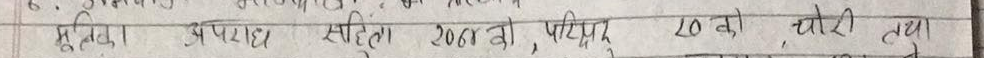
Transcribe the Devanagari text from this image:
६. महिला उपचार सहितो २७६४ को, परिपूरण २० को चोरी तथा